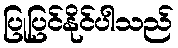
ပြုပြင်နိုင်ပါသည်